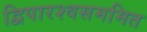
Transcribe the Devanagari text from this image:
द्विपारश्वसममित